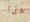
هذا